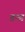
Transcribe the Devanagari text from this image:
डन्ड